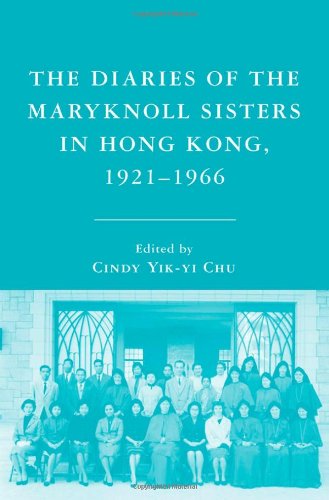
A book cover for The Diaries of the Maryknoll Sisters in Hong Kong, 1921-1966; History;